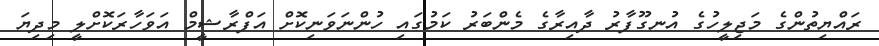
ރައްޔިތުންގެ މަޖިލީހުގެ އުނގޫފާރު ދާއިރާގެ މެންބަރު ކަމުގައި ހުންނަވަނިކޮށް އަފްރާޝީމް އަވަހާރަކޮށްލީ މިދިޔަ